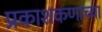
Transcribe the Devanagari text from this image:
प्रकाशकणांच्या